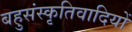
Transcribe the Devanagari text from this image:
बहुसंस्कृतिवादियों